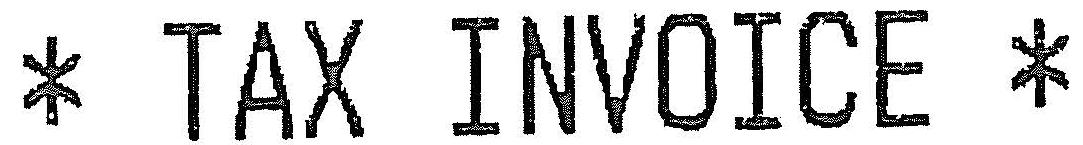
* TAX INVOICE *